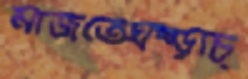
মাজতেঘষ্‌ড়াচ্